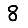
Digit: 8